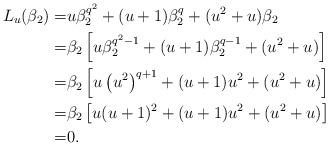
LaTeX: \begin{align*}L_{u}(\beta_2)=& u \beta_2^{q^2}+ (u+1)\beta_2^q+ (u^2+u) \beta_2\\=& \beta_2\left [ u \beta_2^{q^2-1}+ (u+1)\beta_2^{q-1}+ (u^2+u) \right ]\\=& \beta_2\left [ u \left ( u^2 \right )^{q+1}+ (u+1)u^2+ (u^2+u) \right ]\\=& \beta_2\left [ u (u+1)^2+ (u+1)u^2+ (u^2+u) \right ]\\=& 0.\end{align*}